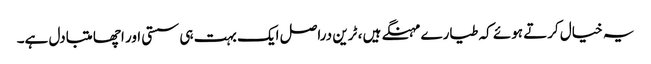
یہ خیال کرتے ہوئے کہ طیارے مہنگے ہیں ، ٹرین دراصل ایک بہت ہی سستی اور اچھا متبادل ہے۔